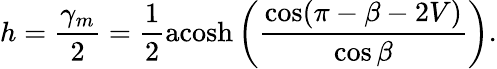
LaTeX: h=\frac{\gamma_{m}}{2}=\frac{1}{2}\mathrm{acosh}\left(\frac{\cos(\pi-\beta-2V)}{\cos\beta}\right).